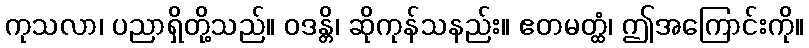
ကုသလာ၊ ပညာရှိတို့သည်။ ဝဒန္တိ၊ ဆိုကုန်သနည်း။ ဧတမတ္ထံ၊ ဤအကြောင်းကို။